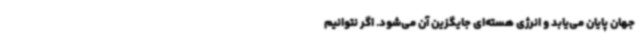
جهان پایان می‌یابد و انرژی هسته‌ای جایگزین آن می‌شود. اگر نتوانیم